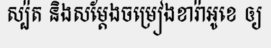
ស្ប៉ត និងសម្តែងចម្រៀងខារ៉ាអូខេ ឲ្យ